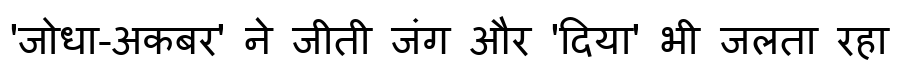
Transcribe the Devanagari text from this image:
'जोधा-अकबर' ने जीती जंग और 'दिया' भी जलता रहा